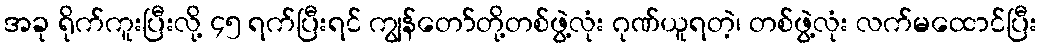
အခု ရိုက်ကူးပြီးလို့ ၄၅ ရက်ပြီးရင် ကျွန်တော်တို့တစ်ဖွဲ့လုံး ဂုဏ်ယူရတဲ့၊ တစ်ဖွဲ့လုံး လက်မထောင်ပြီး